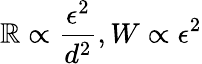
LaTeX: \mathbb{R}\propto\frac{{\epsilon^{2}}}{{d^{2}}},W\propto\epsilon^{2}